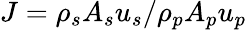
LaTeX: J=\rho_{s}A_{s}u_{s}/\rho_{p}A_{p}u_{p}